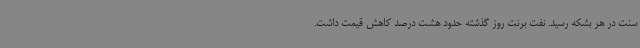
سنت در هر بشکه رسید. نفت برنت روز گذشته حدود هشت درصد کاهش قیمت داشت.